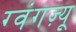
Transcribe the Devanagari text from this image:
ग्वंगज़्यू